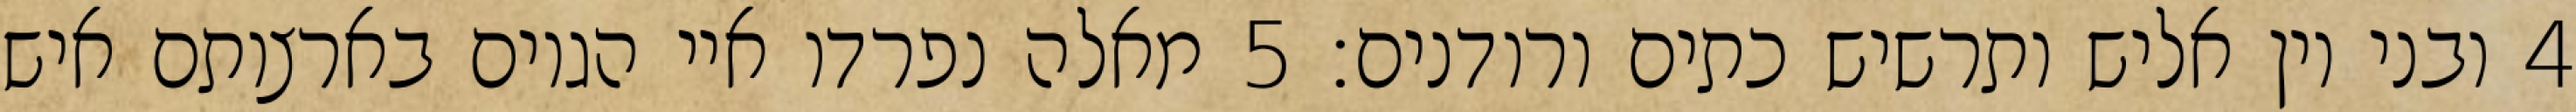
‎4‏ ובני יון אליש ותרשיש כתים ורודנים׃ ‎5‏ מאלה נפרדו איי הגוים בארצותם איש